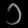
Digit: ၁